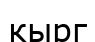
кырг